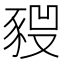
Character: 𧱣